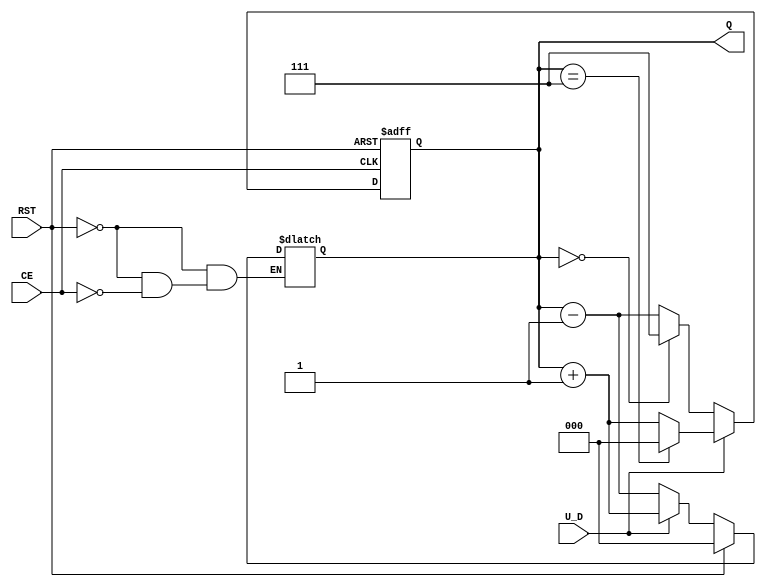
module UpDownAsyncCounter (
    input wire U_D,        // Up/Down Control Signal
    input wire CE,         // Count Enable
    input wire RST,        // Asynchronous Reset
    output reg [2:0] Q     // 3-bit Counter Output
);

// Asynchronous Reset Logic
always @(*) begin
    if (RST) begin
        Q = 3'b000; // Reset counter to 0
    end else if (CE) begin
        // Count Up or Down based on U_D
        if (U_D) begin
            Q = Q + 1; // Increment
        end else begin
            Q = Q - 1; // Decrement
        end
    end
end

// Ensure counter wraps around correctly
always @(posedge CE or posedge RST) begin
    if (RST) begin
        Q <= 3'b000; // Reset counter to 0
    end else if (CE) begin
        if (U_D) begin
            if (Q == 3'b111) // If maximum value is reached
                Q <= 3'b000; // Wrap around to 0
            else
                Q <= Q + 1; // Increment
        end else begin
            if (Q == 3'b000) // If minimum value is reached
                Q <= 3'b111; // Wrap around to 7
            else
                Q <= Q - 1; // Decrement
        end
    end
end

endmodule